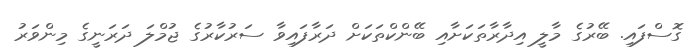
ގޮސްފައި. ބޭރުގެ މާލީ އިދާރާތަކަށާއި ބޭންކްތަކަށް ދަރާފައިވާ ސަރުކާރުގެ ޖުމްލަ ދަރަނީގެ މިންވަރު